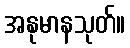
အနုမာနသုတ်။